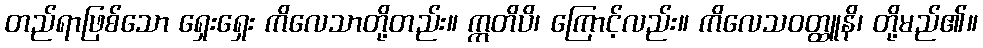
တည်ရာဖြစ်သော ရှေးရှေး ကိလေသာတို့တည်း။ ဣတိပိ၊ ကြောင့်လည်း။ ကိလေသဝတ္ထူနိ၊ တို့မည်၏။